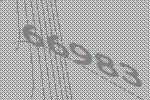
66983